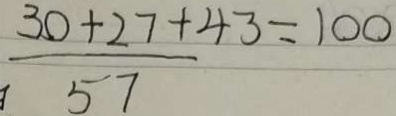
\frac { 3 0 + 2 7 + 4 3 } { 5 7 } = 1 0 0